65_HS1-834228961_62-HQ-83894_Section_7
Agency: FBI
Page 63
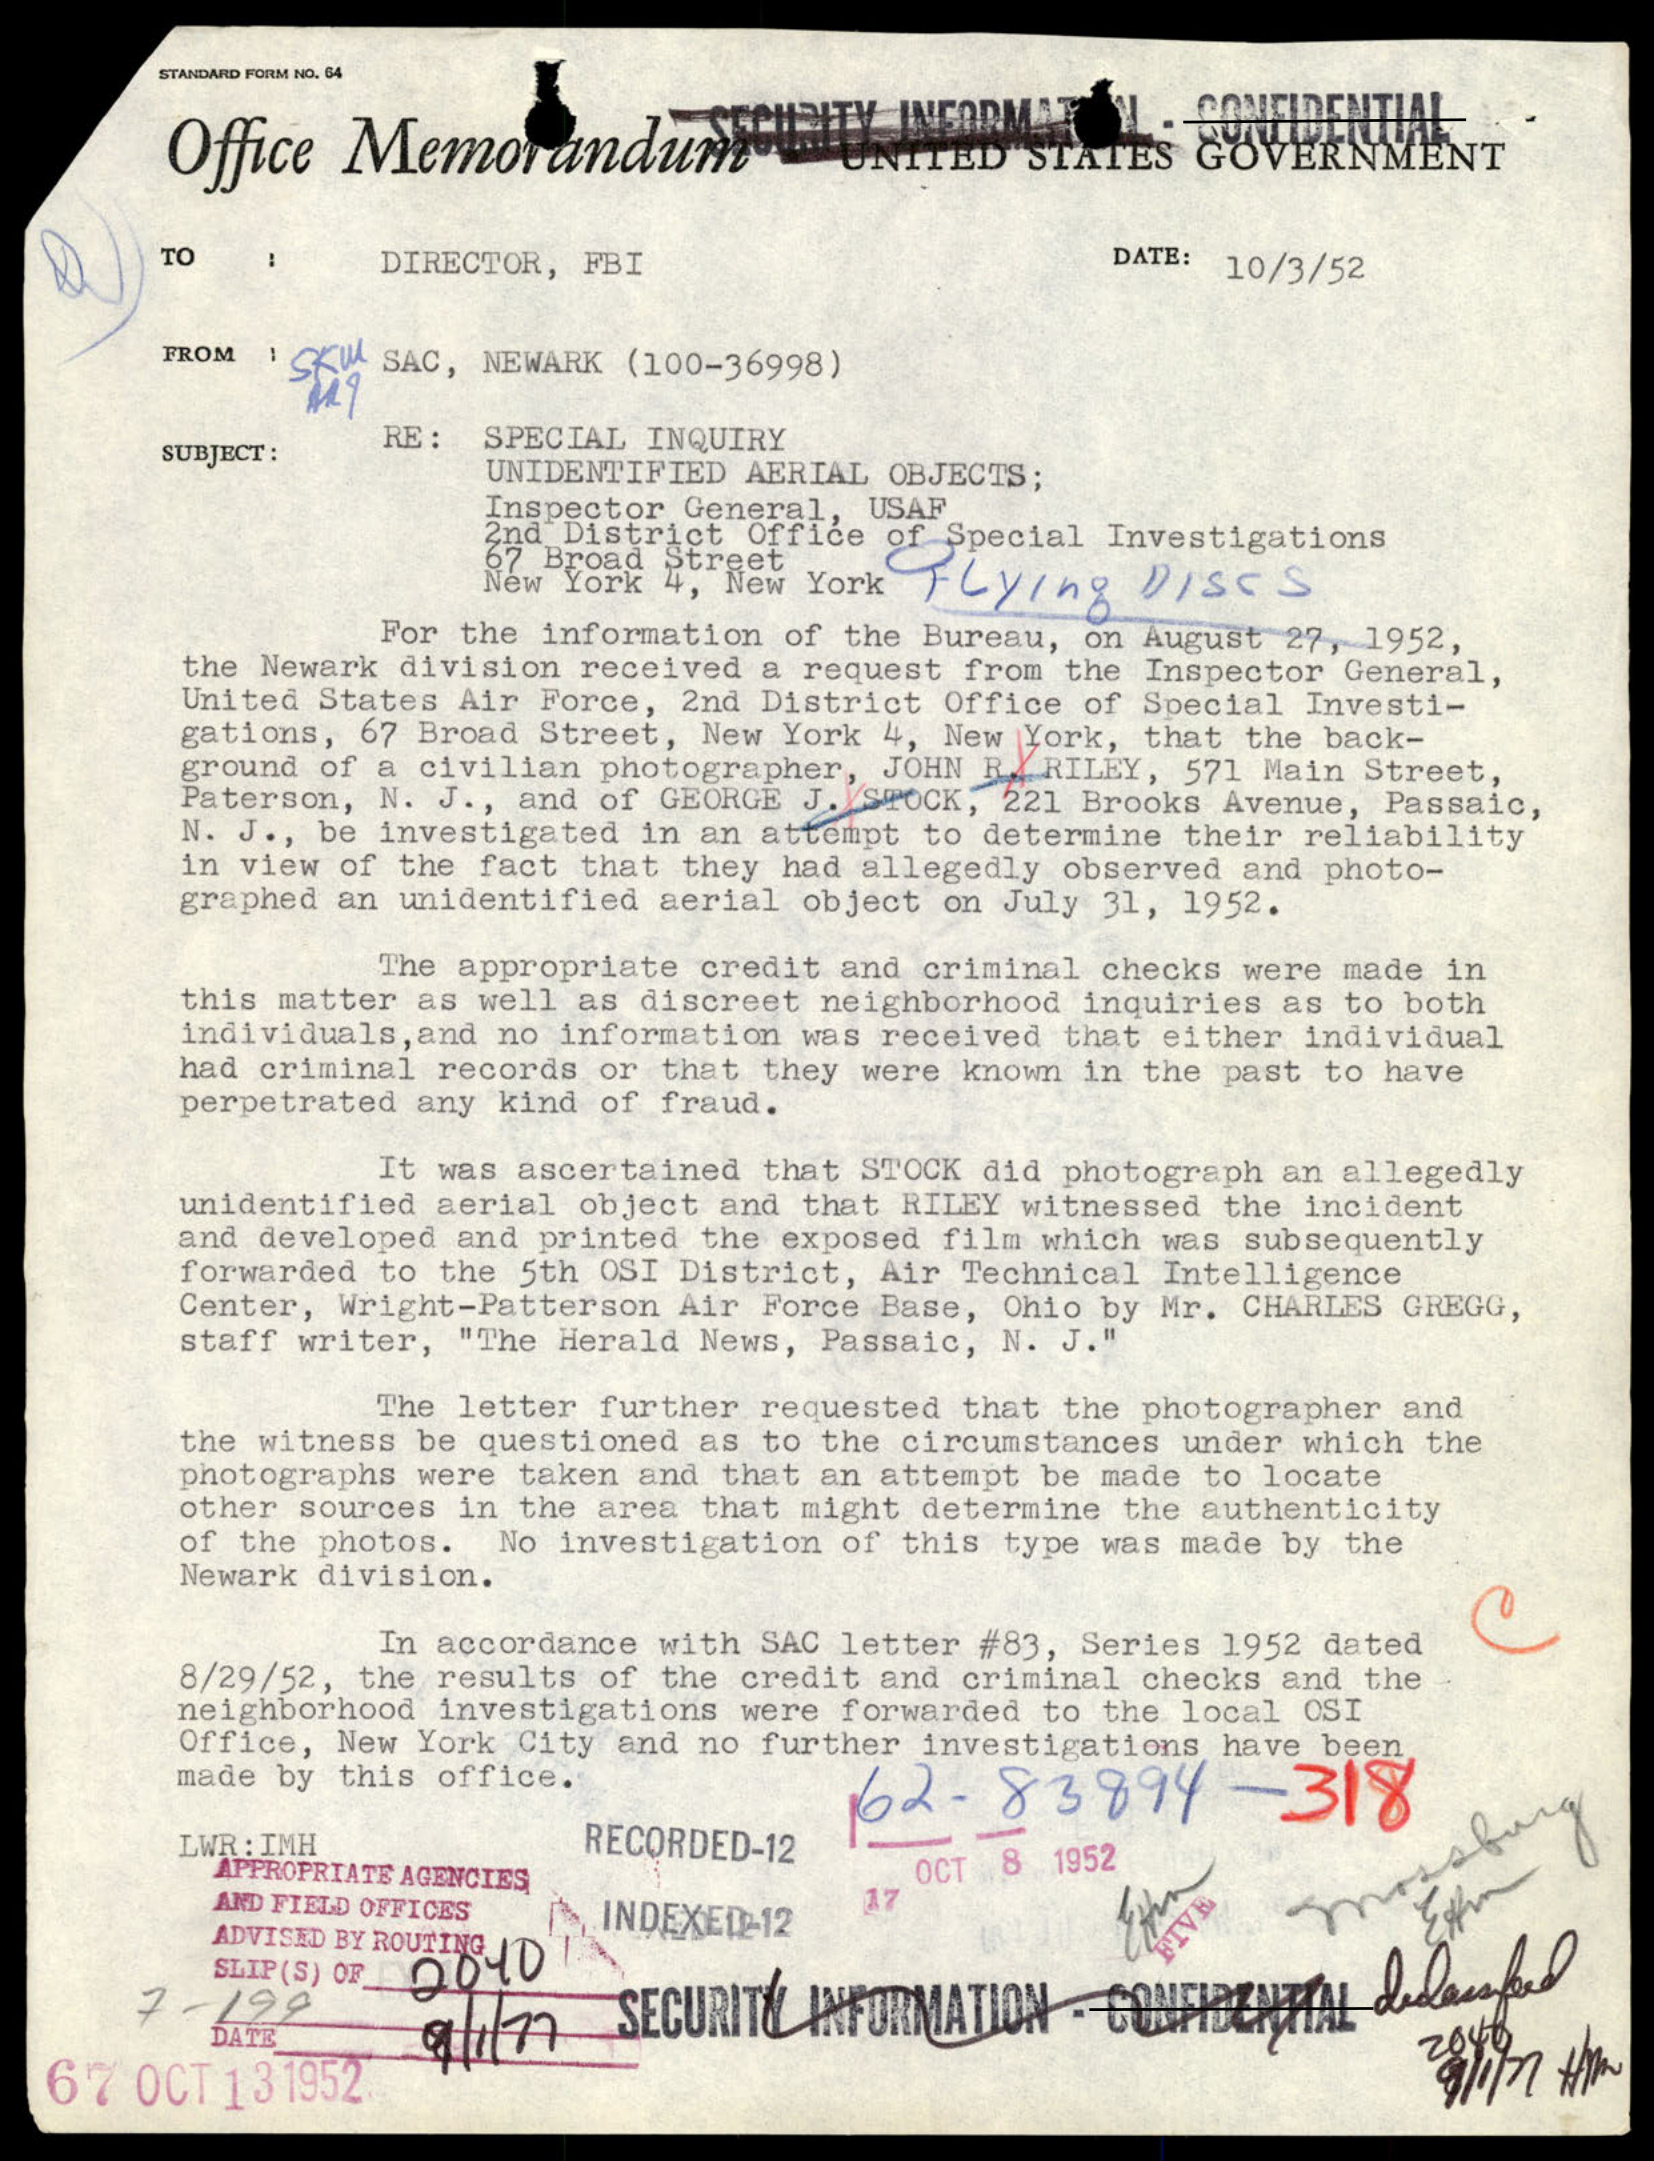